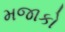
મજાકો